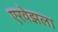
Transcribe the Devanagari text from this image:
एरवेझला